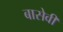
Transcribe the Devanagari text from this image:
बासेवी